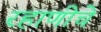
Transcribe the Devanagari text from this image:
रहाणीचे